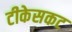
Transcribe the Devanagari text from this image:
टीकेसकट